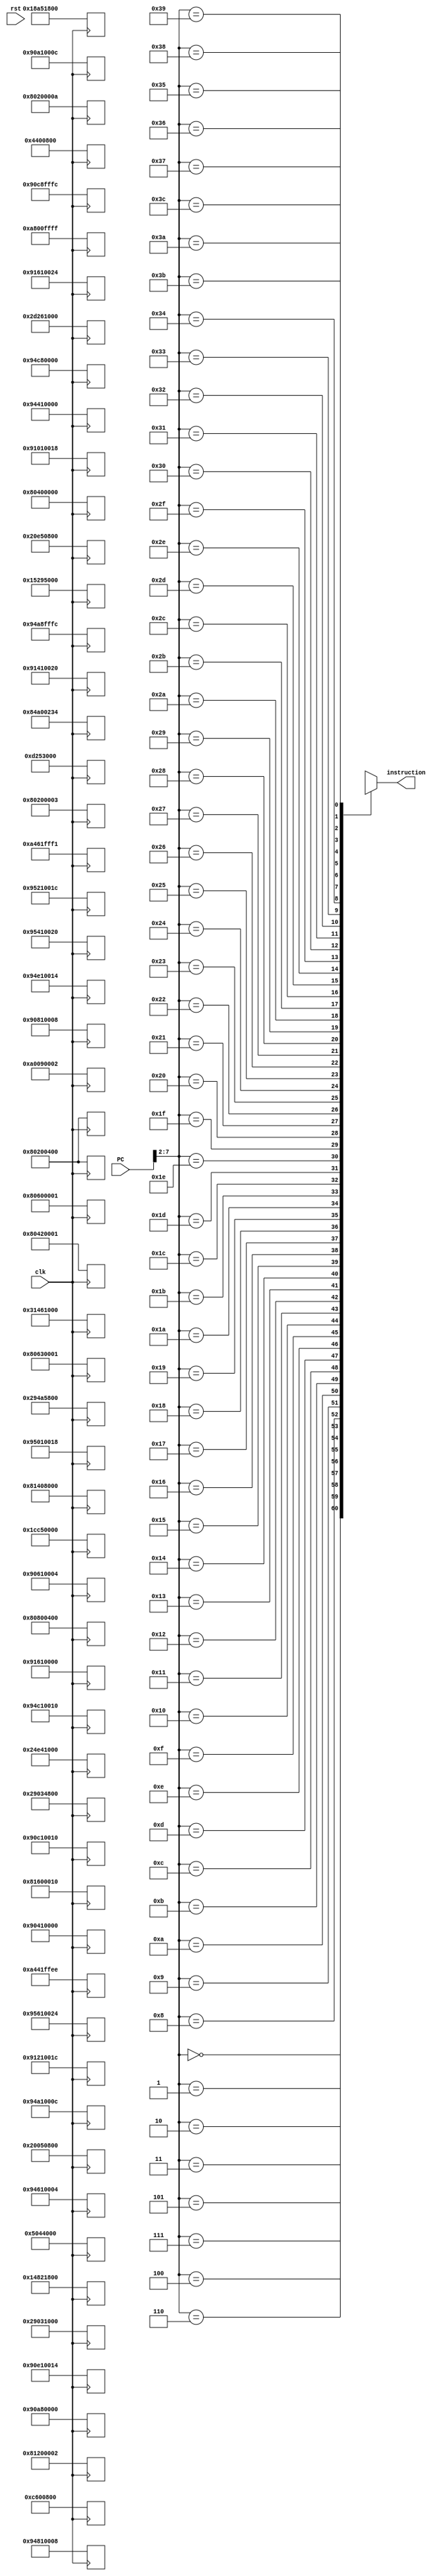
module Instaruction_mem #(parameter n = 32) (
    input clk,
    input rst,
    input [n-1:0] PC,
    output [n-1:0] instruction
);
    reg [n-1:0] _Instaruction_mem [0:60];
    always @(posedge clk) begin
        _Instaruction_mem[00] = 32'b100000_00001_00000_00000_00000001010;//-- Addi  r1,r0,10
        _Instaruction_mem[01] = 32'b000001_00010_00000_00001_00000000000;//-- Add   r2,r0,r1
        _Instaruction_mem[02] = 32'b000011_00011_00000_00001_00000000000;//-- sub   r3,r0,r1
        _Instaruction_mem[03] = 32'b000101_00100_00010_00011_00000000000;//-- And   r4,r2,r3
        _Instaruction_mem[04] = 32'b100001_00101_00000_00000_01000110100;//-- Subi  r5,r0,564
        _Instaruction_mem[05] = 32'b000110_00101_00101_00011_00000000000;//-- or    r5,r5,r3
        _Instaruction_mem[06] = 32'b000111_00110_00101_00000_00000000000;//-- nor   r6,r5,r0
        _Instaruction_mem[07] = 32'b001000_00000_00101_00001_00000000000;//-- xor   r0,r5,r1
        _Instaruction_mem[08] = 32'b001000_00111_00101_00001_00000000000;//-- xor   r7,r5,r0
        _Instaruction_mem[09] = 32'b001001_00111_00100_00010_00000000000;//-- sla   r7,r4,r2
        _Instaruction_mem[10] = 32'b001010_01000_00011_00010_00000000000;//-- sll   r8,r3,r2
        _Instaruction_mem[11] = 32'b001011_01001_00110_00010_00000000000;//-- sra   r9,r6,r2
        _Instaruction_mem[12] = 32'b001100_01010_00110_00010_00000000000;//-- srl   r10,r6,r2
        _Instaruction_mem[13] = 32'b100000_00001_00000_00000_10000000000;//-- Addi  r1,r0,1024
        _Instaruction_mem[14] = 32'b100101_00010_00001_00000_00000000000;//-- st    r2,r1,0
        _Instaruction_mem[15] = 32'b100100_01011_00001_00000_00000000000;//-- ld    r11,r1,0
        _Instaruction_mem[16] = 32'b100101_00011_00001_00000_00000000100;//-- st    r3,r1,4
        _Instaruction_mem[17] = 32'b100101_00100_00001_00000_00000001000;//-- st    r4,r1,8
        _Instaruction_mem[18] = 32'b100101_00101_00001_00000_00000001100;//-- st    r5,r1,12
        _Instaruction_mem[19] = 32'b100101_00110_00001_00000_00000010000;//-- st    r6,r1,16
        _Instaruction_mem[20] = 32'b100101_00111_00001_00000_00000010100;//-- st    r7,r1,20
        _Instaruction_mem[21] = 32'b100101_01000_00001_00000_00000011000;//-- st    r8,r1,24
        _Instaruction_mem[22] = 32'b100101_01001_00001_00000_00000011100;//-- st    r9,r1,28
        _Instaruction_mem[23] = 32'b100101_01010_00001_00000_00000100000;//-- st    r10,r1,32
        _Instaruction_mem[24] = 32'b100101_01011_00001_00000_00000100100;//-- st    r11,r1,36
        _Instaruction_mem[25] = 32'b100000_00001_00000_00000_00000000011;//-- Addi  r1,r0,3
        _Instaruction_mem[26] = 32'b100000_00100_00000_00000_10000000000;//-- Addi  r4,r0,1024
        _Instaruction_mem[27] = 32'b100000_00010_00000_00000_00000000000;//-- Addi  r2,r0,0
        _Instaruction_mem[28] = 32'b100000_00011_00000_00000_00000000001;//-- Addi  r3,r0,1 // GREEN
        _Instaruction_mem[29] = 32'b100000_01001_00000_00000_00000000010;//-- Addi  r9,r0,2 // RED
        _Instaruction_mem[30] = 32'b001010_01000_00011_01001_00000000000;//-- sll   r8,r3,r9
        _Instaruction_mem[31] = 32'b000001_01000_00100_01000_00000000000;//-- Add   r8,r4,r8
        _Instaruction_mem[32] = 32'b100100_00101_01000_00000_00000000000;//-- ld    r5,r8,0
        _Instaruction_mem[33] = 32'b100100_00110_01000_11111_11111111100;//-- ld    r6,r8,-4
        _Instaruction_mem[34] = 32'b000011_01001_00101_00110_00000000000;//-- sub   r9,r5,r6
        _Instaruction_mem[35] = 32'b100000_01010_00000_10000_00000000000;//-- Addi  r10,r0,0x8000
        _Instaruction_mem[36] = 32'b100000_01011_00000_00000_00000010000;//-- Addi  r11,r0,16
        _Instaruction_mem[37] = 32'b001010_01010_01010_01011_00000000000;//-- sll   r10,r10,r11
        _Instaruction_mem[38] = 32'b000101_01001_01001_01010_00000000000;//-- And   r9,r9,r10
        _Instaruction_mem[39] = 32'b101000_00000_01001_00000_00000000010;//-- Bez   r9,2
        _Instaruction_mem[40] = 32'b100101_00101_01000_11111_11111111100;//-- st    r5,r8,-4
        _Instaruction_mem[41] = 32'b100101_00110_01000_00000_00000000000;//-- st    r6,r8,0
        _Instaruction_mem[42] = 32'b100000_00011_00011_00000_00000000001;//-- Addi  r3,r3,1
        _Instaruction_mem[43] = 32'b101001_00011_00001_11111_11111110001;//-- BNE   r3,r1,-15 // RED
        _Instaruction_mem[44] = 32'b100000_00010_00010_00000_00000000001;//-- Addi  r2,r2,1
        _Instaruction_mem[45] = 32'b101001_00010_00001_11111_11111101110;//-- BNE   r2,r1,-18 // GREEN
        _Instaruction_mem[46] = 32'b100000_00001_00000_00000_10000000000;//-- Addi  r1,r0,1024
        _Instaruction_mem[47] = 32'b100100_00010_00001_00000_00000000000;//-- ld    r2,r1,0
        _Instaruction_mem[48] = 32'b100100_00011_00001_00000_00000000100;//-- ld    r3,r1,4
        _Instaruction_mem[49] = 32'b100100_00100_00001_00000_00000001000;//-- ld    r4,r1,8
        _Instaruction_mem[50] = 32'b100100_00101_00001_00000_00000001100;//-- ld    r5,r1,12
        _Instaruction_mem[51] = 32'b100100_00110_00001_00000_00000010000;//-- ld    r6,r1,16
        _Instaruction_mem[52] = 32'b100100_00111_00001_00000_00000010100;//-- ld    r7,r1,20
        _Instaruction_mem[53] = 32'b100100_01000_00001_00000_00000011000;//-- ld    r8,r1,24
        _Instaruction_mem[54] = 32'b100100_01001_00001_00000_00000011100;//-- ld    r9,r1,28
        _Instaruction_mem[55] = 32'b100100_01010_00001_00000_00000100000;//-- ld    r10,r1,32
        _Instaruction_mem[56] = 32'b100100_01011_00001_00000_00000100100;//-- ld    r11,r1,36
        _Instaruction_mem[57] = 32'b101010_00000_00000_11111_11111111111;//-- JMP   -1
    end
    assign instruction = _Instaruction_mem[PC[7:2]];
endmodule